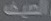
الصيف